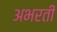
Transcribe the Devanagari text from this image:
अभरती